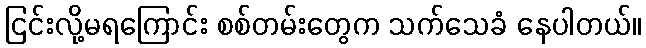
ငြင်းလို့မရကြောင်း စစ်တမ်းတွေက သက်သေခံ နေပါတယ်။